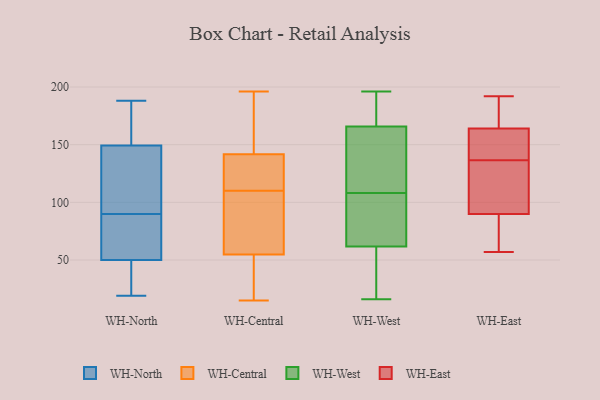
{"axis": {"x": "Active Users", "y": "Value"}, "legend": ["WH-Central", "WH-East", "WH-North", "WH-West"], "data": [{"x": "", "y": 89, "type": "WH-North"}, {"x": "", "y": 19, "type": "WH-North"}, {"x": "", "y": 188, "type": "WH-North"}, {"x": "", "y": 51, "type": "WH-North"}, {"x": "", "y": 135, "type": "WH-North"}, {"x": "", "y": 144, "type": "WH-North"}, {"x": "", "y": 47, "type": "WH-North"}, {"x": "", "y": 21, "type": "WH-North"}, {"x": "", "y": 90, "type": "WH-North"}, {"x": "", "y": 113, "type": "WH-North"}, {"x": "", "y": 77, "type": "WH-North"}, {"x": "", "y": 165, "type": "WH-North"}, {"x": "", "y": 180, "type": "WH-North"}, {"x": "", "y": 131, "type": "WH-Central"}, {"x": "", "y": 104, "type": "WH-Central"}, {"x": "", "y": 56, "type": "WH-Central"}, {"x": "", "y": 180, "type": "WH-Central"}, {"x": "", "y": 110, "type": "WH-Central"}, {"x": "", "y": 138, "type": "WH-Central"}, {"x": "", "y": 134, "type": "WH-Central"}, {"x": "", "y": 129, "type": "WH-Central"}, {"x": "", "y": 39, "type": "WH-Central"}, {"x": "", "y": 75, "type": "WH-Central"}, {"x": "", "y": 15, "type": "WH-Central"}, {"x": "", "y": 157, "type": "WH-Central"}, {"x": "", "y": 102, "type": "WH-Central"}, {"x": "", "y": 51, "type": "WH-Central"}, {"x": "", "y": 46, "type": "WH-Central"}, {"x": "", "y": 196, "type": "WH-Central"}, {"x": "", "y": 153, "type": "WH-Central"}, {"x": "", "y": 108, "type": "WH-West"}, {"x": "", "y": 17, "type": "WH-West"}, {"x": "", "y": 142, "type": "WH-West"}, {"x": "", "y": 170, "type": "WH-West"}, {"x": "", "y": 18, "type": "WH-West"}, {"x": "", "y": 196, "type": "WH-West"}, {"x": "", "y": 98, "type": "WH-West"}, {"x": "", "y": 103, "type": "WH-West"}, {"x": "", "y": 179, "type": "WH-West"}, {"x": "", "y": 153, "type": "WH-West"}, {"x": "", "y": 52, "type": "WH-West"}, {"x": "", "y": 91, "type": "WH-West"}, {"x": "", "y": 189, "type": "WH-West"}, {"x": "", "y": 141, "type": "WH-West"}, {"x": "", "y": 16, "type": "WH-West"}, {"x": "", "y": 153, "type": "WH-East"}, {"x": "", "y": 137, "type": "WH-East"}, {"x": "", "y": 89, "type": "WH-East"}, {"x": "", "y": 126, "type": "WH-East"}, {"x": "", "y": 136, "type": "WH-East"}, {"x": "", "y": 183, "type": "WH-East"}, {"x": "", "y": 110, "type": "WH-East"}, {"x": "", "y": 91, "type": "WH-East"}, {"x": "", "y": 82, "type": "WH-East"}, {"x": "", "y": 57, "type": "WH-East"}, {"x": "", "y": 87, "type": "WH-East"}, {"x": "", "y": 172, "type": "WH-East"}, {"x": "", "y": 152, "type": "WH-East"}, {"x": "", "y": 160, "type": "WH-East"}, {"x": "", "y": 168, "type": "WH-East"}, {"x": "", "y": 192, "type": "WH-East"}]}